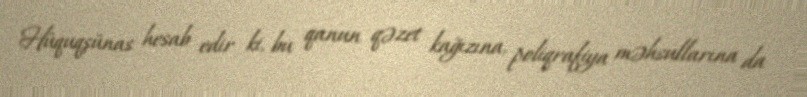
Hüquqşünas hesab edir ki, bu qanun qəzet kağızına, poliqrafiya məhsullarına da